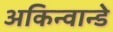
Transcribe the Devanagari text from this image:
अकिन्वान्डे